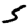
Digit: 5